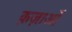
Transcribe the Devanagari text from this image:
क़ज़ाओं